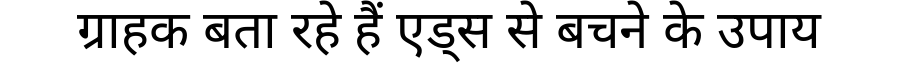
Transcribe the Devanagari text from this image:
ग्राहक बता रहे हैं एड्स से बचने के उपाय